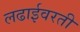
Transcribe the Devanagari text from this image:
लढाईवरती